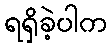
ရရှိခဲ့ပါက